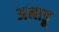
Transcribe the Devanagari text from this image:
अमाडू